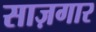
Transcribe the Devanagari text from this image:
साज़गार